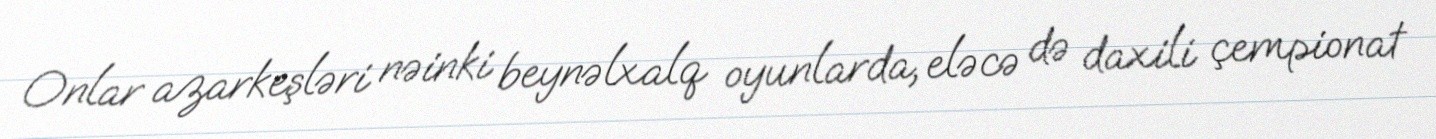
Onlar azarkeşləri nəinki beynəlxalq oyunlarda, eləcə də daxili çempionat